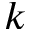
k